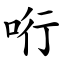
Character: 哘